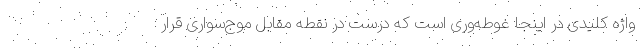
واژه کلیدی در اینجا غوطه‌وری است که درست در نقطه مقابل موج‌سواری قرار